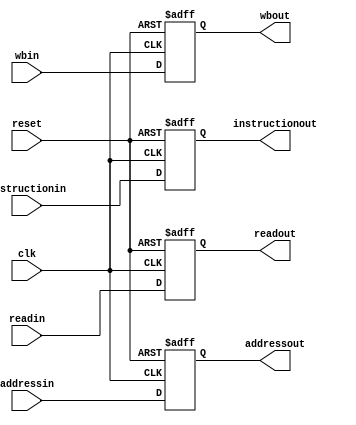
module memwb(
input [31:0] readin,
input [31:0]addressin,
input [4:0]wbin,
input [31:0] instructionin,
output reg [31:0] readout,
output reg [31:0]addressout,
output reg [4:0]wbout,
output reg [31:0] instructionout,
input reset,
input clk
);

always @(posedge clk or posedge reset)
begin
	if(reset)
	begin
	addressout <= 32'b00000000000000000000000000000000;
	readout <= 32'b00000000000000000000000000000000;
	wbout <= 5'b00000;
	instructionout <= 32'b00000000000000000000000000000000;
	end
	
	else
	begin
	addressout <= addressin;
	readout <= readin;
	wbout <= wbin;
	instructionout <= instructionin;
	end
	
end

endmodule